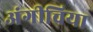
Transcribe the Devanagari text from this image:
अंगीचिया